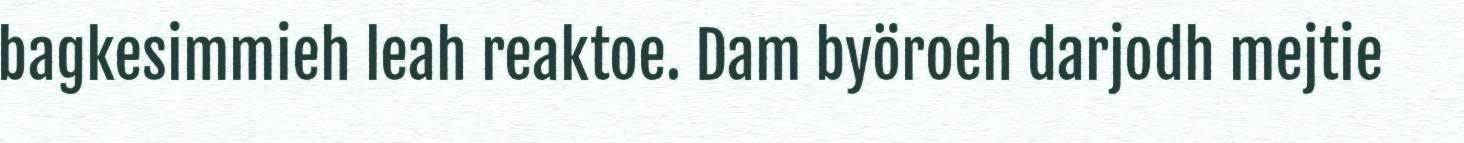
bagkesimmieh leah reaktoe. Dam byöroeh darjodh mejtie